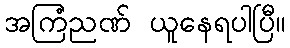
အကြံညဏ် ယူနေရပါပြီ။